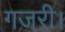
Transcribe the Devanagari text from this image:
गजरी।